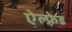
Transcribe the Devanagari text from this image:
ऐल्फ़्रेड